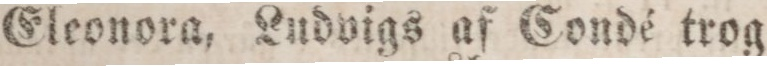
Eleonora, Ludvigs af Condé trog=